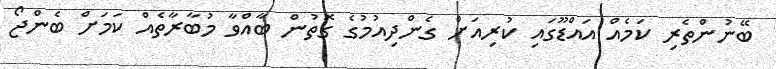
ބޭނުންތެރި ކަމެއް އައްޑޫގައި ކުރިއަށް ގެންދިއުމުގެ ގޮތުން ބާއްވާ މުބާރާތެއް ކަމަށް ބެންޖޯ